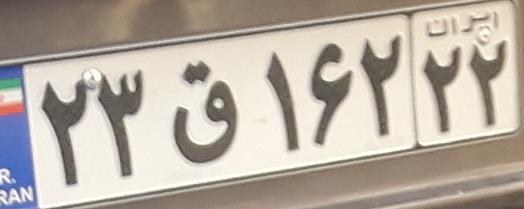
۲۳ق۱۶۲۲۲